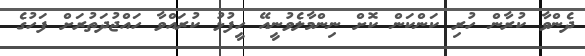
ދެންވާ ކުރާން ހުރި ކަންކަން ކޮށް ނިންމާލެވުނީއޭ ހީފުޅު ކުރައްވާ ހައްޖުދަތުރަށް ފަހުގެ